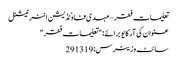
تعلیمات فقر – مہدی فاوٗنڈیشن انٹرنیشنل
عنوان کی آرکایو برائے: "تعلیمات فقر"
سائٹ وزیٹرس: 291319